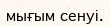
мығым сенуі.